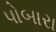
પોબારા